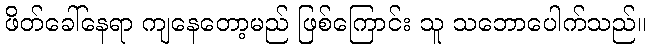
ဖိတ်ခေါ်နေရာ ကျနေတော့မည် ဖြစ်ကြောင်း သူ သဘောပေါက်သည်။